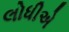
લોધીએ